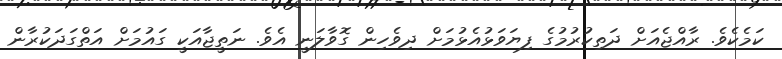
ކަމެކެވެ. ރާއްޖެއަށް ދަތިކުރުމުގެ ފިޔަވަޅުއެޅުމަށް ދިވެހިން ގޮވާލަނީ އެވެ. ނަތީޖާއަކީ ގައުމަށް އަތްގަދަކުރާން